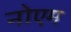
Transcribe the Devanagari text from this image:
नोएम